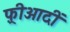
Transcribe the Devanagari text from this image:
फ़्रीआदीं